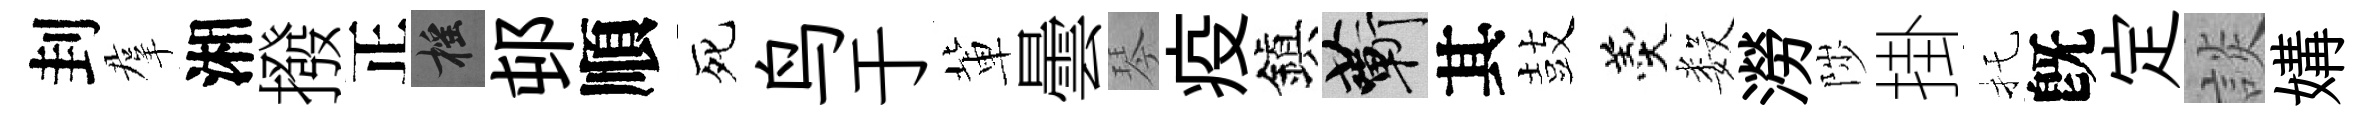
刲羣湘撥正摇邨順死鸟于軰曇琴疫鎭蔪其鼓羹数澇陟掛托旣定談媾